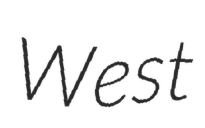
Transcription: West